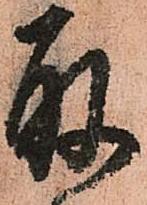
取